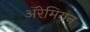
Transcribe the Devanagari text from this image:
अॅरेमियन